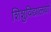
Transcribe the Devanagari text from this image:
शिशुविद्यालयों